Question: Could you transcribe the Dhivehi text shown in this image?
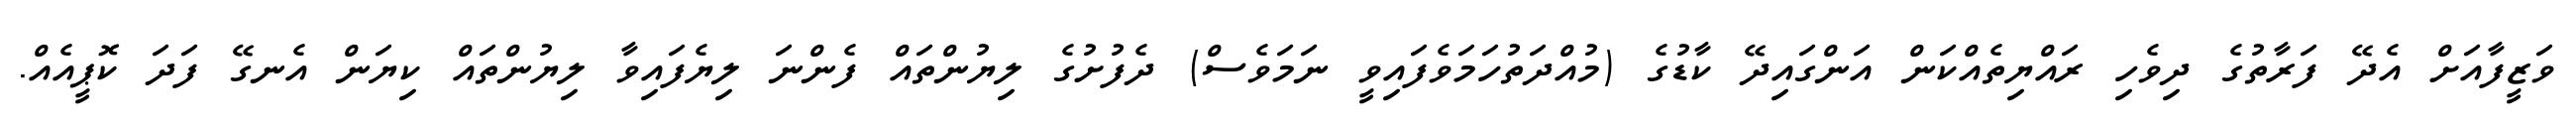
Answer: ވަޒީފާއަށް އެދޭ ފަރާތުގެ ދިވެހި ރައްޔިތެއްކަން އަންގައިދޭ ކާޑުގެ (މުއްދަތުހަމަވެފައިވީ ނަމަވެސް) ދެފުށުގެ ލިޔުންތައް ފެންނަ ލިޔެފައިވާ ލިޔުންތައް ކިޔަން އެނގޭ ފަދަ ކޮޕީއެއް.